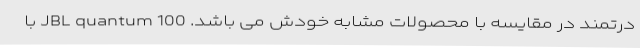
درتمند در مقایسه با محصولات مشابه خودش می باشد. JBL quantum 100 با